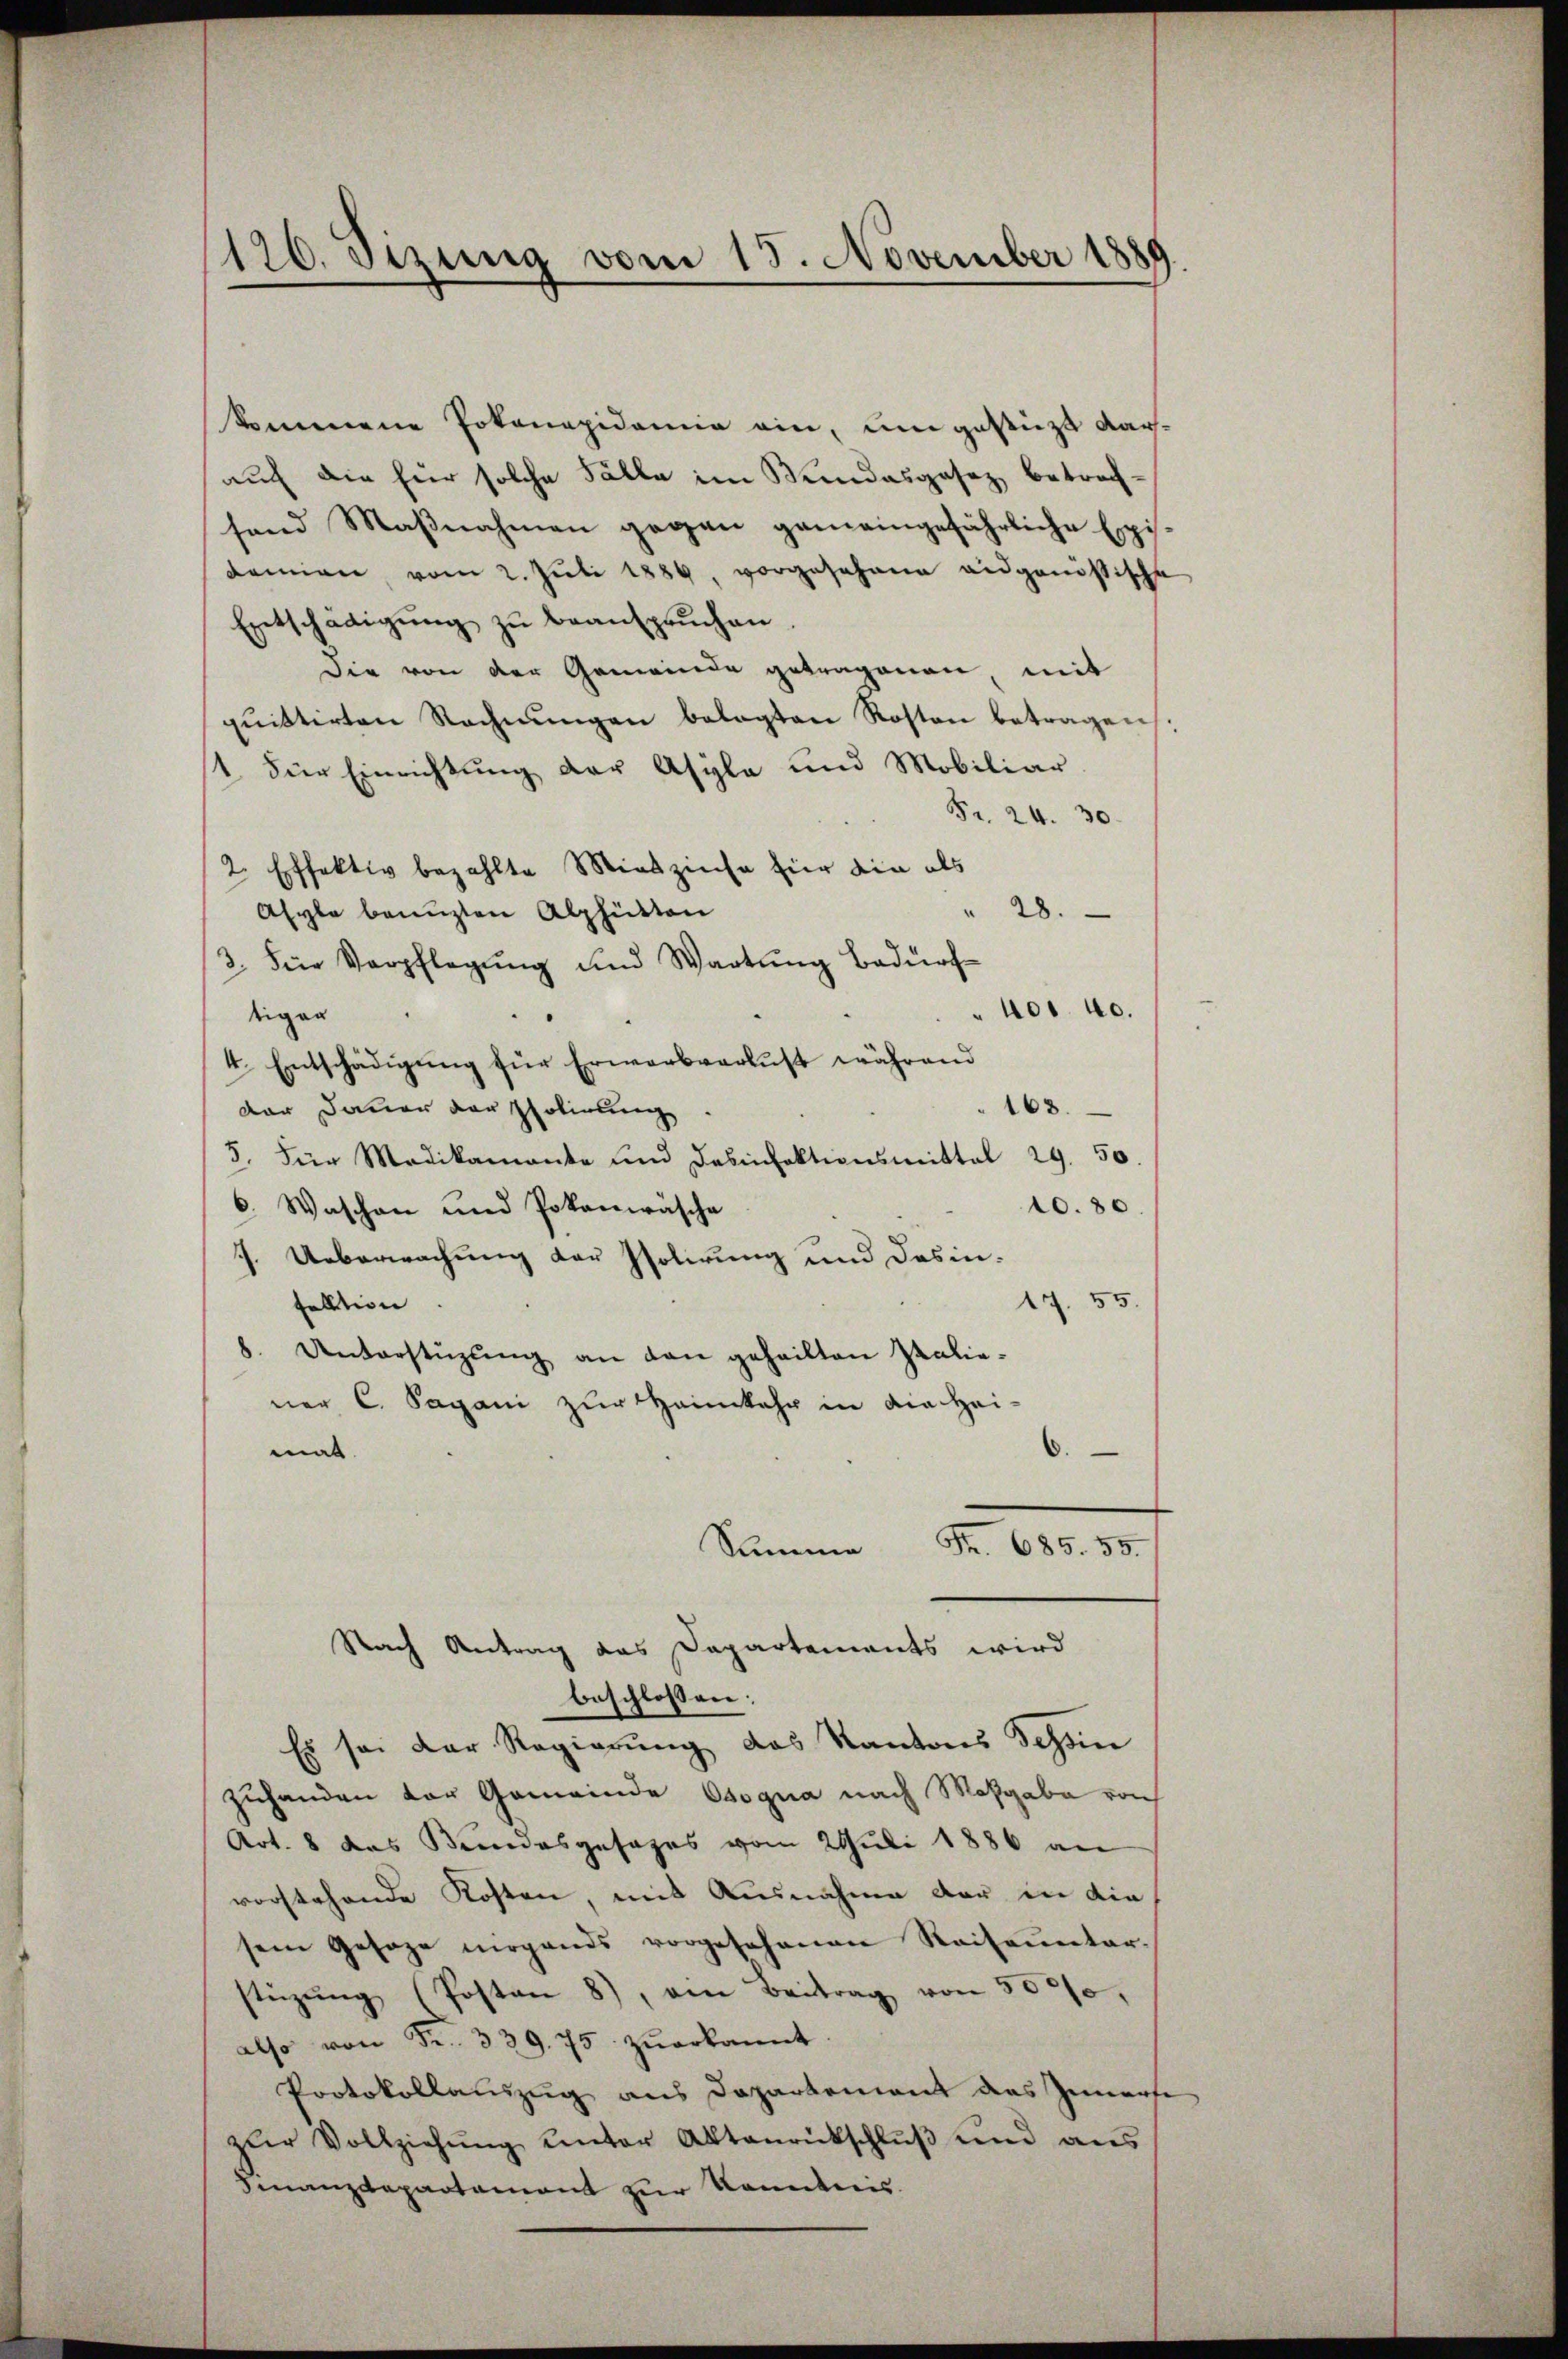
120. Stzung vom 15. November 1889

kommene Pokonapidemie ein, um gestüzt Aarauch die für solche Fälle im Kundesgesez betrachfand Maßnahmen gegen gemeingefährliche Epi
demien vom 2. Jŭli 1884, vorgesehene eidgenössische
Entschädigŭng zŭ beansprŭchen.
Die von der Gemeinde getragenen, mit
pŭittirten Rechnŭngen belagten Roston betragen.
1. Für Einrichtung der Asyla und Mobiliar
Fr. 24. 30.
2 Effektiv bezahlte Mieszinse für die als
" 28.
Asyle benuzten Alphütten
3. Feie Verpflegŭng und Wartŭng Bedürf-
401. 40.
tigen
4. Entschädigung für Erwarbverlust während
163.
der Dauer der Polirung
5. Für Medikamante und Desinfektionsmittel 29. 50.
10.80.
6. Waschen und Pokanwäsche
J. Ueberwachung der Isolirung und Desin¬
17. 55.
sultion
8. Unterstŭzŭng an den geheilten Italie-
ner C. Sagani zur Heimkehr in die hei-
6.
mal.
Summe Fr. 685. 55.
Nach Antrag das Departements wird
beschlossen:
Es sei der Regierŭng des Kantons Schin
zuhanden der Gemeinde Osogna nach Maßgabe von
Art. 8 das Bundesgesages vom 2 Juli 1886 an
vorstehende Kosten, mit Ausnahme der in die
sein Gesage nirgends vorgesehenen Reiseŭnter-
stüzung (Posten 8), am Beitrag von 3000,
also von Fr. 339. 75 zŭerkannt
Protokollauszug aus Departement das Zimerte
zŭr Vollziehŭng unter Aktenrückschlŭβ und aus
Finanzdepartament zur Kenntnis.